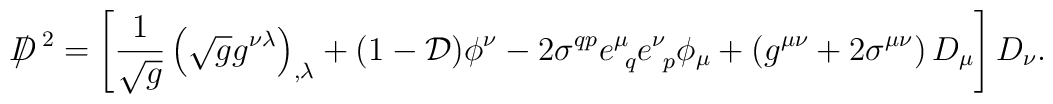
D \! \! \! \! / ^{~2} =\left[       {1 \over {\sqrt g} } \left(                                   {\sqrt g} g^{\nu \lambda}                             \right)_{, \lambda}       + (1-{\cal D}) \phi^\nu        - 2 \sigma^{q p} e^\mu_{~q} e^\nu_{~p} \phi_\mu        + \left(                g^{\mu \nu} + 2 \sigma^{\mu \nu}          \right) D_\mu\right]  D_\nu .